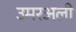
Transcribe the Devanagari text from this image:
उमरअली